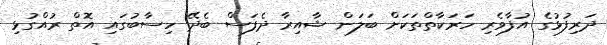
ދަރިފުޅުގެ އުފާވެރި ހަރަކާތްތަކަށް ބަލަން ޝާއިރާ ދެފަސް ބެދޭ ހިސާބުގައި އޮތް ރުއްގުޅި